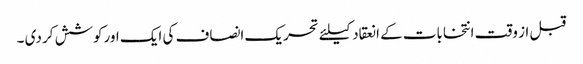
قبل از وقت انتخابات کے انعقاد کیلئے تحریک انصاف کی ایک اورکوشش کر دی ۔